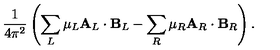
{ \frac { 1 } { 4 \pi ^ { 2 } } } \left( \sum _ { L } \mu _ { L } { \bf A } _ { L } \cdot { \bf B } _ { L } - \sum _ { R } \mu _ { R } { \bf A } _ { R } \cdot { \bf B } _ { R } \right) .